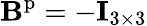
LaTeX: \mathbf{B}^{\mathrm{p}}=-\mathbf{I}_{3\times 3}